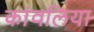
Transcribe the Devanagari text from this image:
कांवलिया